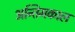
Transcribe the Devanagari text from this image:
अन्तिमकाल